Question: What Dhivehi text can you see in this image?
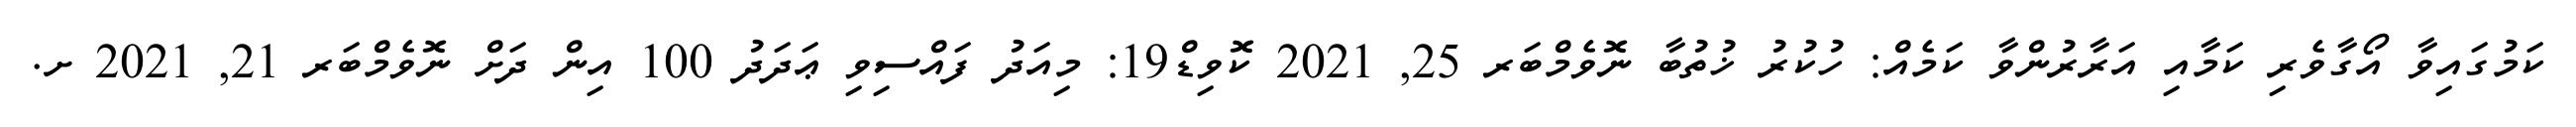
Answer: ކަމުގައިވާ އޯގާވެރި ކަމާއި އަރާރުންވާ ކަމެއް: ހުކުރު ޚުތުބާ ނޮވެމްބަރ 25, 2021 ކޮވިޑް19: މިއަދު ފައްސިވި ޢަދަދު 100 އިން ދަށް ނޮވެމްބަރ 21, 2021 ށ.